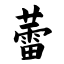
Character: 蕾